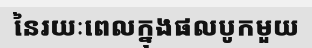
នៃរយៈពេលក្នុងផលបូកមួយ